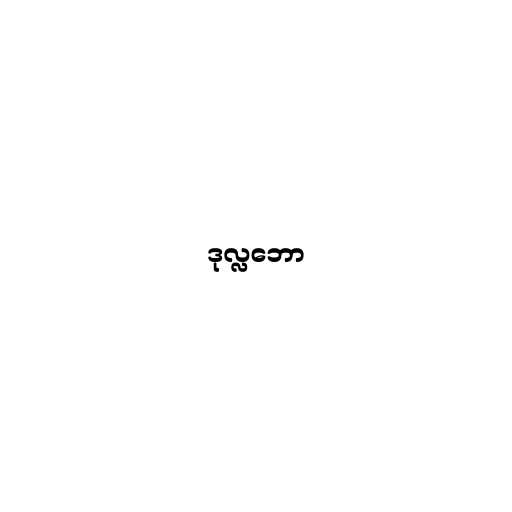
ဒုလ္လဘော